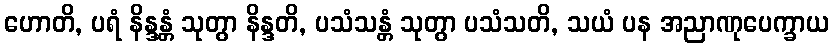
ဟောတိ, ပရံ နိန္ဒန္တံ သုတွာ နိန္ဒတိ, ပသံသန္တံ သုတွာ ပသံသတိ, သယံ ပန အညာဏုပေက္ခာယ